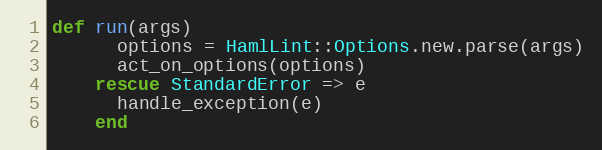
Language: Ruby
def run(args)
      options = HamlLint::Options.new.parse(args)
      act_on_options(options)
    rescue StandardError => e
      handle_exception(e)
    end